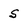
Character: S